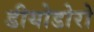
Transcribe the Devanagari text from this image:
डीयोडोरो